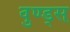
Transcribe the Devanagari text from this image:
वुण्ड्स